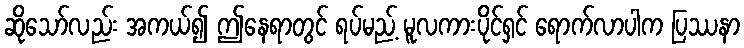
ဆိုသော်လည်း အကယ်၍ ဤနေရာတွင် ရပ်မည့် မူလကားပိုင်ရှင် ရောက်လာပါက ပြဿနာ